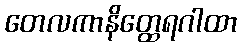
တေလကာနိတ္ထေရဂါထာ